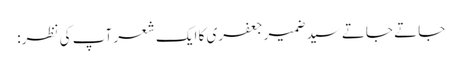
جاتے جاتے سیدضمیرجعفری کا ایک شعر آپ کی نظر: